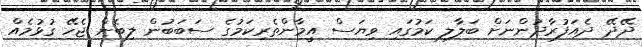
ދޭދޭ ދެއަފުރާދުންނަށް ބަލާލި ކަމުގައި ވިޔަސް އީމާންތެރިކަމުގެ ސަބަބުން ލިބެން ޖެހޭ ގުޅުމެއް